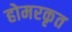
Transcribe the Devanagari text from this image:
होमरकृत